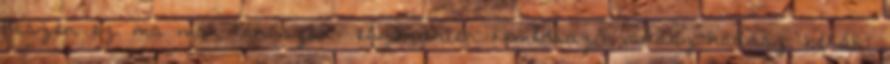
hiszen ez ma már táncszín- eszementen komédiázó vadász-hadász békák: